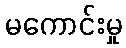
မကောင်းမှု